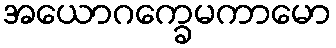
အယောဂက္ခေမကာမော